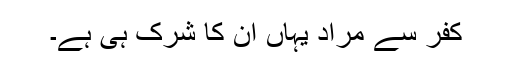
کفر سے مراد یہاں ان کا شرک ہی ہے۔